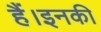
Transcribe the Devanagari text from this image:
हैं।इनकी